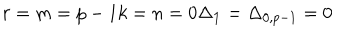
LaTeX: r = m = p - 1 k = n = 0 \Delta _ { \bf 1 } = \Delta _ { 0 , p - 1 } = 0